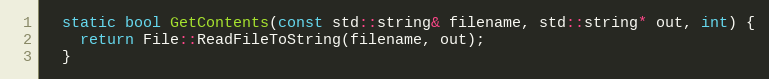
Language: C
  static bool GetContents(const std::string& filename, std::string* out, int) {
    return File::ReadFileToString(filename, out);
  }